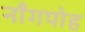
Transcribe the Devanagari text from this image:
नाँगपोह